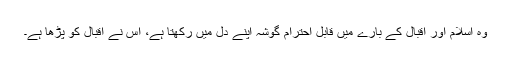
وہ اسلام اور اقبال کے بارے میں قابل احترام گوشہ اپنے دل میں رکھتا ہے، اس نے اقبال کو پڑھا ہے۔